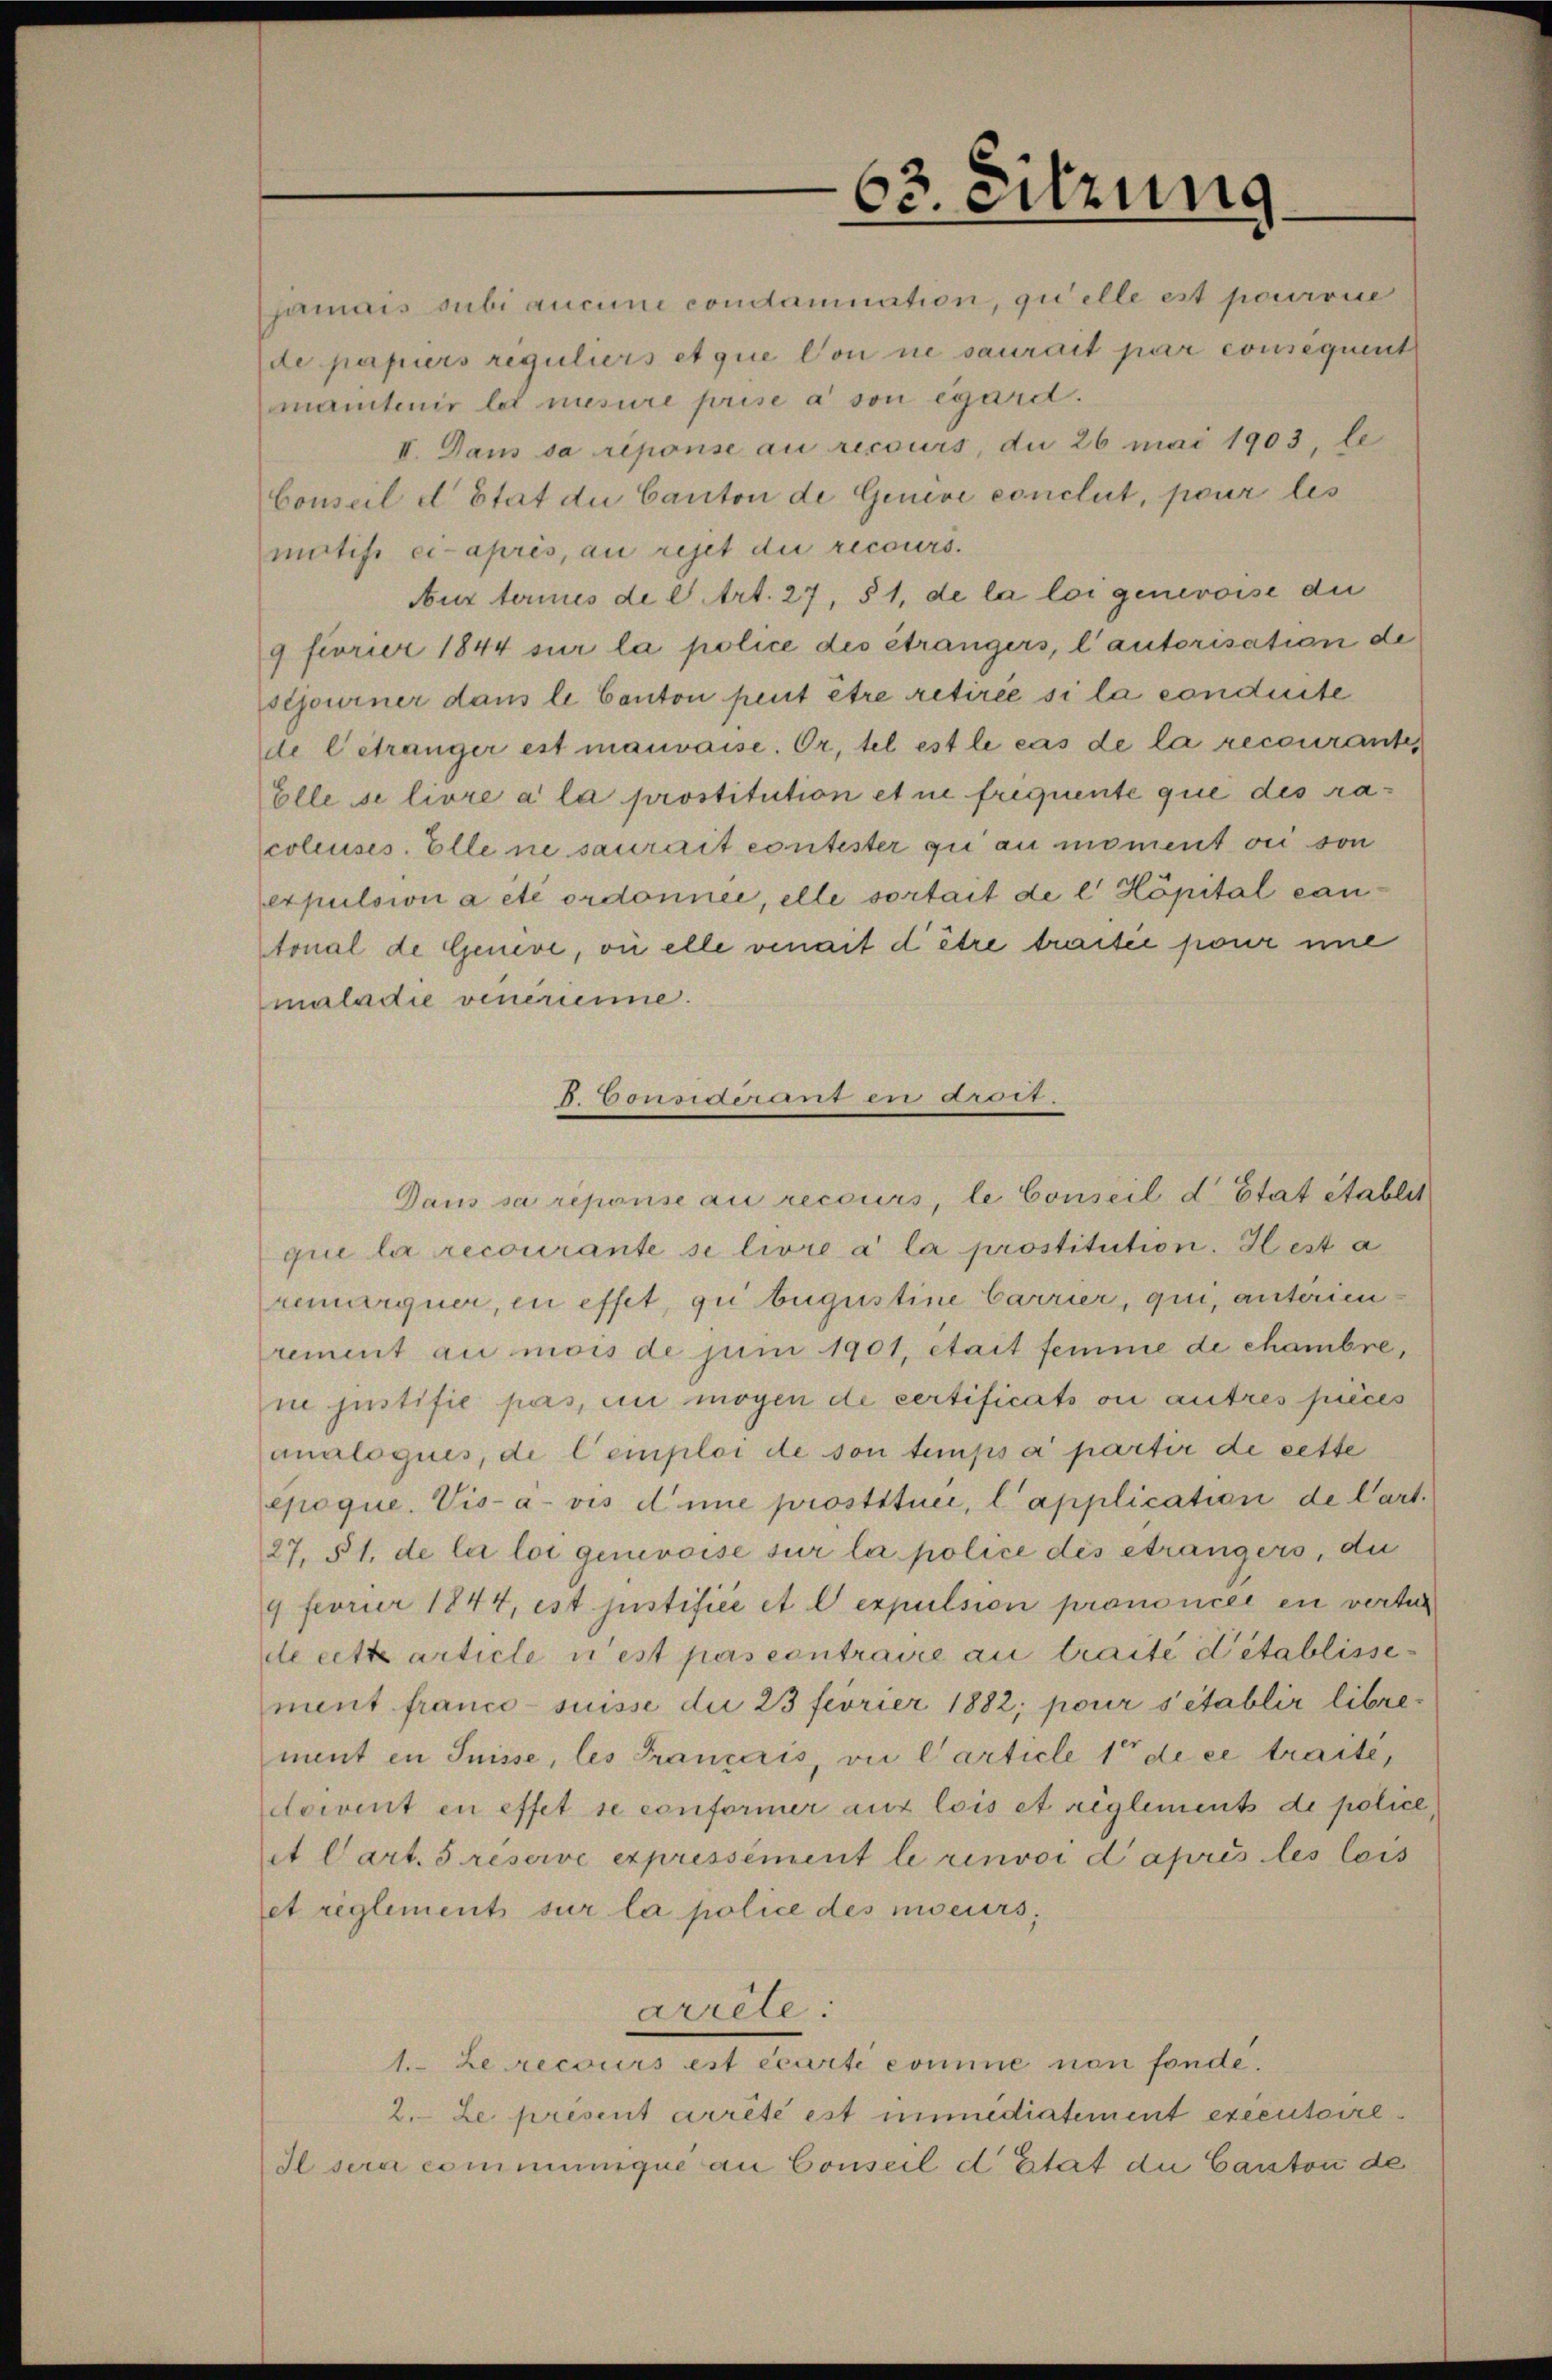
. Donsament in 200.

63. Sitzung

Dans sa reponie au recours, le Conseil d’Etat établit

jamais subi aucun condamnation, quelle est pourrie
de papiers reguliers et que von ne saurait par consequente
mantenir les mesure prise à son égard.
II. Dans sa réponse au recours, die 26 mai 1903, le
Conseil d Etat du Canton de Genève conclut, pour les
motifi ci-après, au rejet die recours.
Aur termes de C. Art. 27, § 1, de la loi genevoise die
9 fivrier 1844 sur la police des étrangers, l’autorisation de
sljourner dans le Canton peut être retirée si la conduite
de l’étranger est mauvaise. Or, tel est le cas de la recourantes
Elle se livre a la prostitution et ne friquente que des racoleuses. Elle ne saurait contester gu au moment sei von
expulsiii a etc ordonnée, elle sortait de l Höpital can-
tonal de Genève, où elle venait d être tractée pour une
maladie venerienne.
que la recourante si livre à la prostitution. Il est a
remarquer, in effet, gu bugustine Carrier, qui, anterienrement au mois de juni 1901, était femme de chambre,
ne justifie pers, in mögen de certificats ou autres pièces
analoquis, de Cemploi de son temps a partir de cette
epoque. Vis-à-vis d’une prostituée, l’application de Cart.
27. 51. de la loi genevoise sur la police des étrangers, die
9 feorier 1844, ist justifice et lexpulsion prononcée en vertur
de cette article n’est pas contraire au traité d’établissement franco-suisse die 23 fivrier 1882; pour s’établir librement in Suisse, les Franzeris, vie Carticle 1 de ce traite,
docent en effet se conformer aus lois et réglements de police
t Cart. 5 réserve expressément le renvoi d’après les lois
et reglement sur la police des miseurs,
arrele:
1. Le recours est écurti comme non fonde.
2. Le présent arrêté est immediatement executoire
Il sera communique an Conseil d’Etat die Canton de